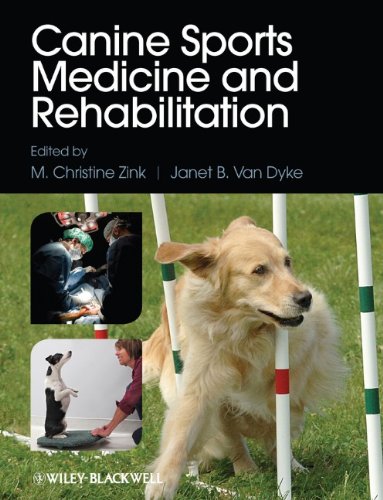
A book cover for Canine Sports Medicine and Rehabilitation; Medical Books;